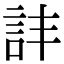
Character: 𧥹